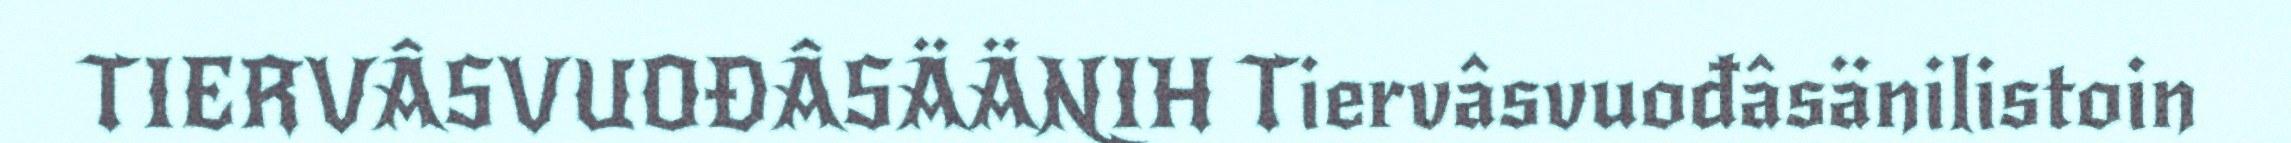
TIERVÂSVUOĐÂSÄÄNIH Tiervâsvuođâsänilistoin